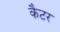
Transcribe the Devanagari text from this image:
कैटर